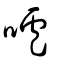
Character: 嚧